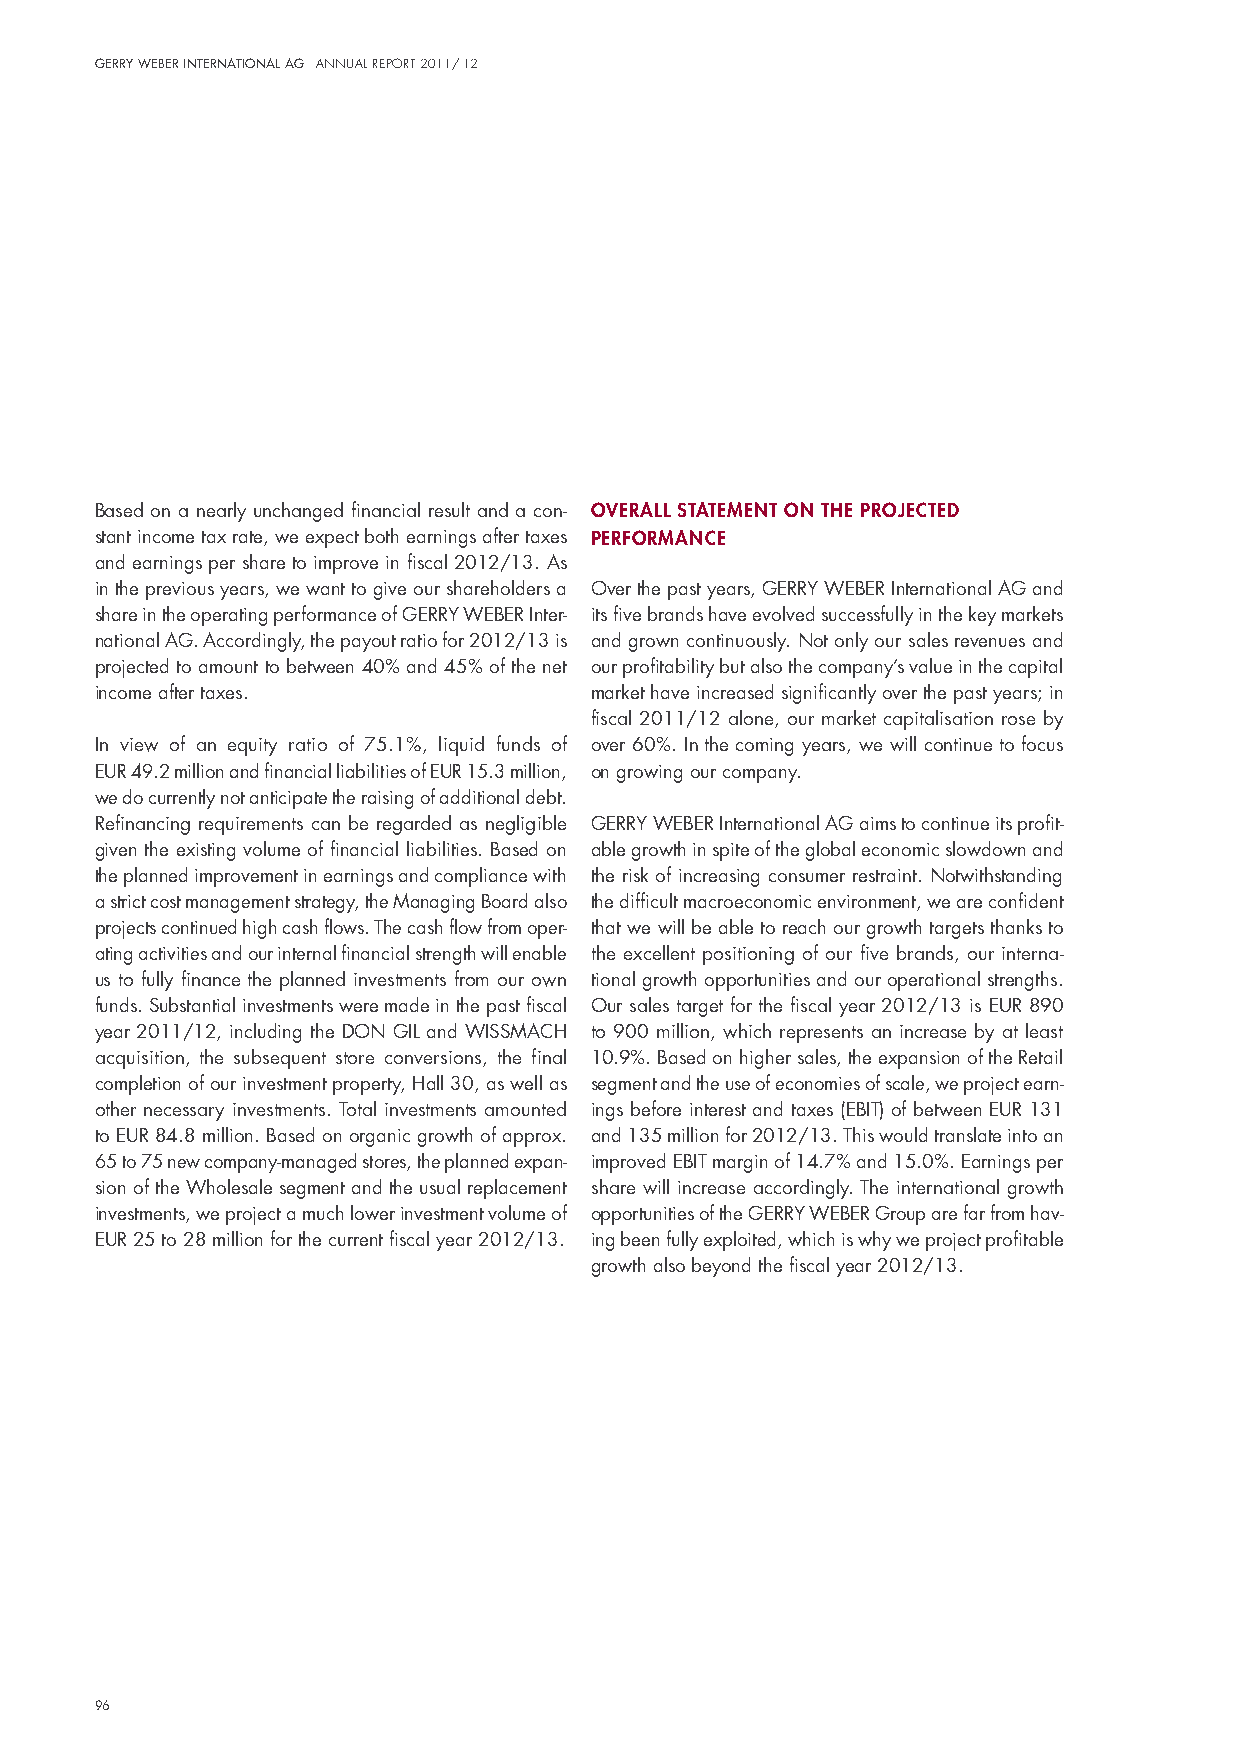
Gerry Weber InternatIonal aG annual report 2011/ 12
 Based on a nearly unchanged financial result and a con- overall statement on the proJected
 stant income tax rate, we expect both earnings after taxes performance
 and earnings per share to improve in fiscal 2012/13. As
 in the previous years, we want to give our shareholders a over the past years, GeRRY WeBeR international AG and
 share in the operating performance of GeRRY WeBeR inter- its five brands have evolved successfully in the key markets
 national AG. Accordingly, the payout ratio for 2012/13 is and grown continuously. not only our sales revenues and
 projected to amount to between 40% and 45% of the net our profitability but also the company’s value in the capital
 income after taxes.              market have increased significantly over the past years; in
 fiscal 2011/12 alone, our market capitalisation rose by
 in view of an equity ratio of 75.1%, liquid funds of over 60%. in the coming years, we will continue to focus
 euR 49.2 million and financial liabilities of euR 15.3 million, on growing our company.
 we do currently not anticipate the raising of additional debt.
 Refinancing requirements can be regarded as negligible GeRRY WeBeR international AG aims to continue its profit-
 given the existing volume of financial liabilities. Based on able growth in spite of the global economic slowdown and
 the planned improvement in earnings and compliance with the risk of increasing consumer restraint. notwithstanding
 a strict cost management strategy, the managing Board also the difficult macroeconomic environment, we are confident
 projects continued high cash flows. The cash flow from oper- that we will be able to reach our growth targets thanks to
 ating activities and our internal financial strength will enable the excellent positioning of our five brands, our interna-
 us to fully finance the planned investments from our own tional growth opportunities and our operational strengths.
 funds. substantial investments were made in the past fiscal our sales target for the fiscal year 2012/13 is euR 890
 year 2011/12, including the don Gil and WissmACh to 900 million, which represents an increase by at least
 acquisition, the subsequent store conversions, the final 10.9%. Based on higher sales, the expansion of the Retail
 completion of our investment property, hall 30, as well as segment and the use of economies of scale, we project earn-
 other necessary investments. Total investments amounted ings before interest and taxes (eBiT) of between euR 131
 to euR 84.8 million. Based on organic growth of approx. and 135 million for 2012/13. This would translate into an
 65 to 75 new company-managed stores, the planned expan- improved eBiT margin of 14.7% and 15.0%. earnings per
 sion of the Wholesale segment and the usual replacement share will increase accordingly. The international growth
 investments, we project a much lower investment volume of opportunities of the GeRRY WeBeR Group are far from hav-
 euR 25 to 28 million for the current fiscal year 2012/13. ing been fully exploited, which is why we project profitable
 growth also beyond the fiscal year 2012/13.
 96